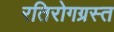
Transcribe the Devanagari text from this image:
रतिरोगग्रस्त